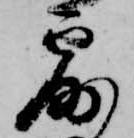
露